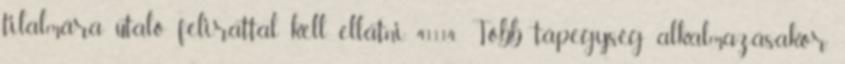
tilalmára utaló felirattal kell ellátni. 4.11.1.4. Több tápegység alkalmazásakor,